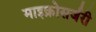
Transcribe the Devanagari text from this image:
माइक्रोसर्जरी